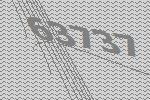
63737